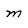
Character: m